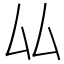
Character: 厸